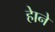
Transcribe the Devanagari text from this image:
हाेने